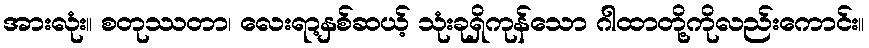
အားလုံး။ စတုဿတာ၊ လေးရာ့နှစ်ဆယ့် သုံးခုရှိကုန်သော ဂါထာတို့ကိုလည်းကောင်း။